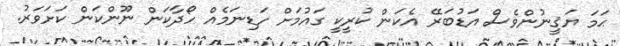
ޙަމަ ޔަޤީނުންވެސް އަޑުބަރޭ އެކަން ކުރީކީ ގައުމަށް ހަޑިނަމެއް ހޯދާކަން ނޫންކަން ކަށަވަރު.